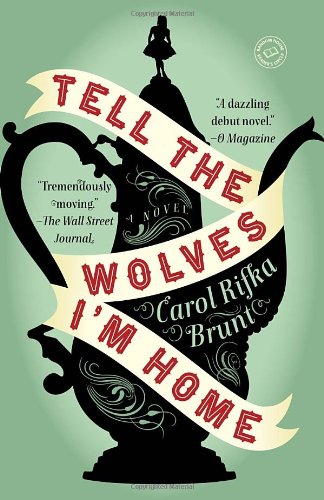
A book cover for Tell the Wolves I'm Home: A Novel; Carol Rifka Brunt; Literature & Fiction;